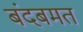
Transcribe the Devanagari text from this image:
बंदबमत